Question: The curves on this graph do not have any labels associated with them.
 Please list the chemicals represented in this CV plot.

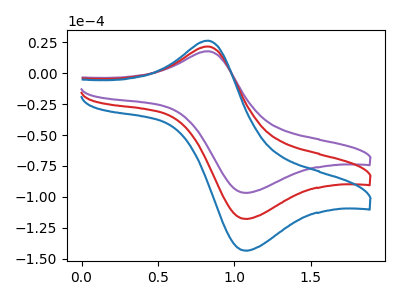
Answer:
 <answer>The purple curve does not have a label. The red curve does not have a label. The blue curve does not have a label.</answer>
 <eval></eval>